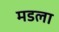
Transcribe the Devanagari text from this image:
मडला